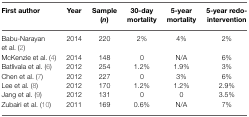
<table><thead><tr><td><b>First author</b></td><td><b>Year</b></td><td><b>Sample (<i>n</i>)</b></td><td><b>30-day mortality</b></td><td><b>5-year mortality</b></td><td><b>5-year redo-intervention</b></td></tr></thead><tbody><tr><td>Babu-Narayan et al. (2)</td><td>2014</td><td>220</td><td>2%</td><td>4%</td><td>2%</td></tr><tr><td>McKenzie et al. (4)</td><td>2014</td><td>148</td><td>0</td><td>N/A</td><td>6%</td></tr><tr><td>Batlivala et al. (6)</td><td>2012</td><td>254</td><td>1.2%</td><td>1.9%</td><td>3%</td></tr><tr><td>Chen et al. (7)</td><td>2012</td><td>227</td><td>0</td><td>3%</td><td>6%</td></tr><tr><td>Lee et al. (8)</td><td>2012</td><td>170</td><td>1.2%</td><td>1.2%</td><td>2.9%</td></tr><tr><td>Jang et al. (9)</td><td>2012</td><td>131</td><td>0</td><td>0</td><td>3.5%</td></tr><tr><td>Zubairi et al. (10)</td><td>2011</td><td>169</td><td>0.6%</td><td>N/A</td><td>7%</td></tr></tbody></table>